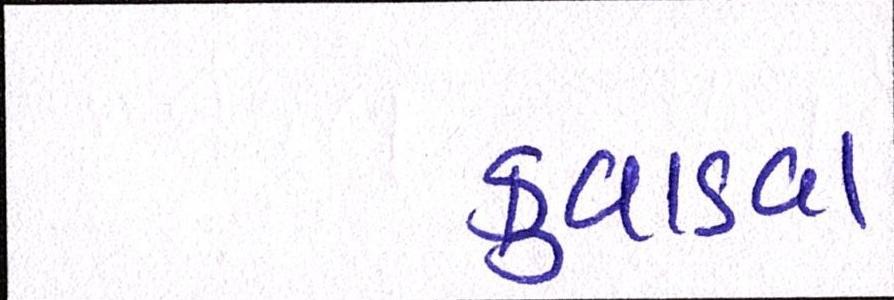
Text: કુવાડવા